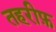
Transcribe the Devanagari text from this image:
तहरीफ़